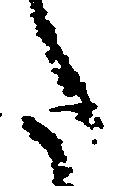
た